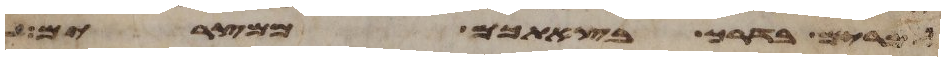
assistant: למרים בדרך בצאתכם ממצרים